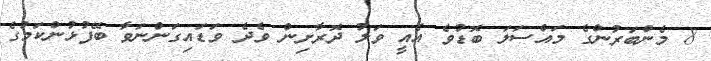
8 މެންބަރުންގެ މައްސަލަ ބޮޑުވެ އެއީ ވަލު ދޮރާށިން ވެދެ ވަޑައިގަންނަވާ ބޭފުޅުންކަމުގެ